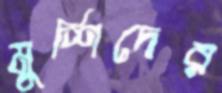
মুর্শিদের